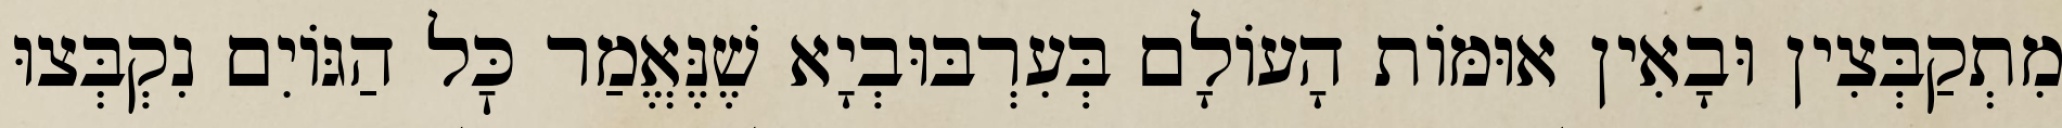
מִתְקַבְּצִין וּבָאִין אוּמּוֹת הָעוֹלָם בְּעִרְבּוּבְיָא שֶׁנֶּאֱמַר כׇּל הַגּוֹיִם נִקְבְּצוּ